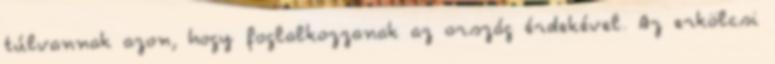
túlvannak azon, hogy foglalkozzanak az ország érdekével. Az erkölcsi